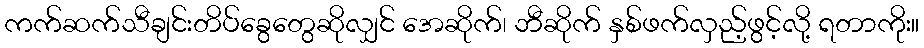
ကက်ဆက်သီချင်းတိပ်ခွေတွေဆိုလျှင် အေဆိုက်၊ ဘီဆိုက် နှစ်ဖက်လှည့်ဖွင့်လို့ ရတာကိုး။